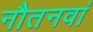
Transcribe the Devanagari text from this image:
नौतनवां